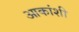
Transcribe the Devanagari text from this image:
आकांशी